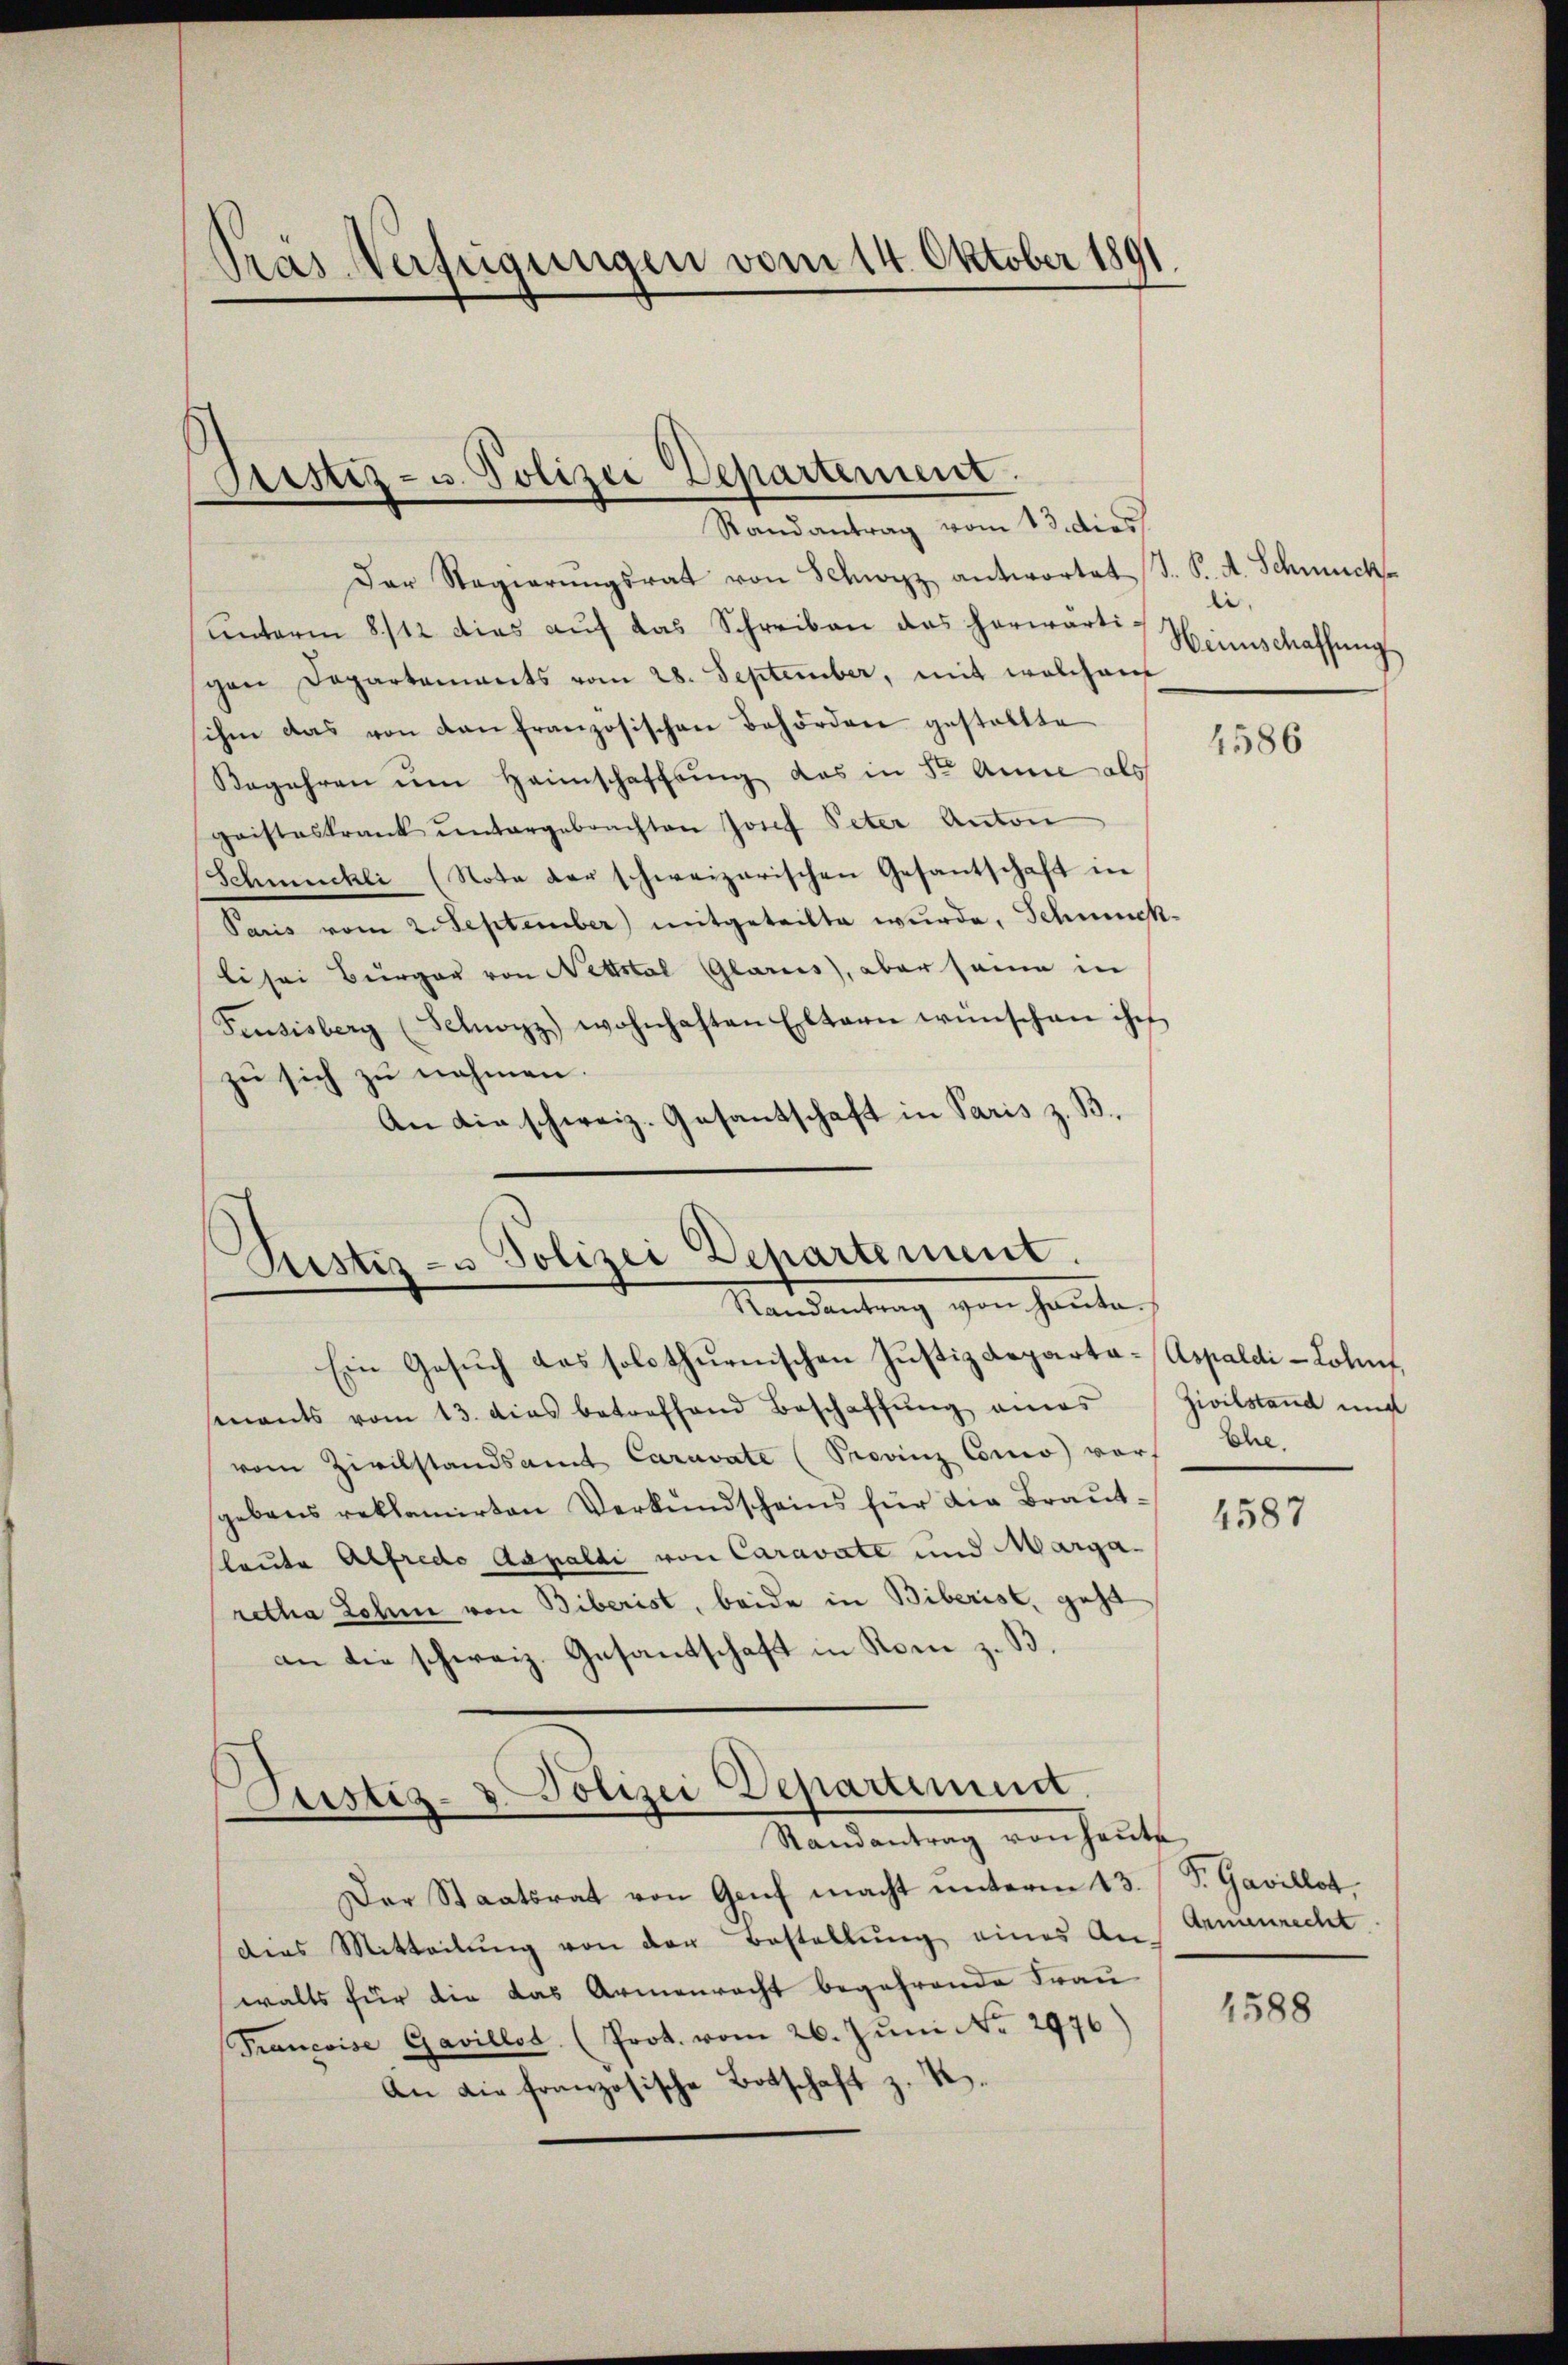
Träs Verfügungen vom 14. Oktober 1891

Sistiz- u. Polizei Departement.
Randantrag vom 13. dies

Der Regierŭngsrat von Schwyz antwortet (T. K. A. Schmuck
unterm 8/12 dies aŭf das Schreiben des herwärtig Heimschaffŭng
con Departements vom 28. September, mit welchem
sihen das von dan französischen Behörden gestaltte
Begehren um Heimschaffung das in der Anne als
gaisteskrank untergebrachten Josef Peter Anton
Schmuckli (Note der schweizerischen Gesantschaft in
Paris vom 2. September mitgeteilte wurde, Schmuck-
li sei Burger von Nettstal Glarus, aber seine in
Feusisberg (Schwyz) wohnhaften Eltern wünschen ich
zu sich zu nehmen.
An die schweiz. Gesantschaft in Paris z. B.

Rustiz- u Polizei Departement.
Mandantung gen hanten

Ein Gesuch das solothurnischen Justizdeparta-Aspaldi-Lolf,
mnants vom 13. dies betreffend Beschaffŭng amas
vom Zivilstandsamt Caravate (Provinz Comeo vor Ehe.
gebens reklamirten Verkundscheins für die Brautleute Alfredo Aapaldi von Caravate und Margaretha Lohne von Biberist, beide in Biberist, geht
an die schweiz. Gesantschaft in Rom z. B.

Justiz- & Polizei Departimen
Randantrag von heŭte

li.

Der Staatsrat von Genf macht unterm 13. / S. Gavillot,
dies Mitteilung von der Bestellung eines Aus Armenrecht
walts für die das Armenrecht begehrende Frau
Francoise Gavillos (Prot. vom 26. Jŭni No 2976)
An die französische Botschaft z. B.

4586

Zivilstand und

4587

1588